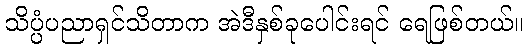
သိပ္ပံပညာရှင်သိတာက အဲဒီနှစ်ခုပေါင်းရင် ရေဖြစ်တယ်။